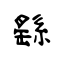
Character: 繇